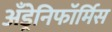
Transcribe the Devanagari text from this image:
अँड्रेनिफॉर्मिस